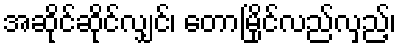
အဆိုင်ဆိုင်လျှင်၊ တောမြိုင်လည်လှည့်၊